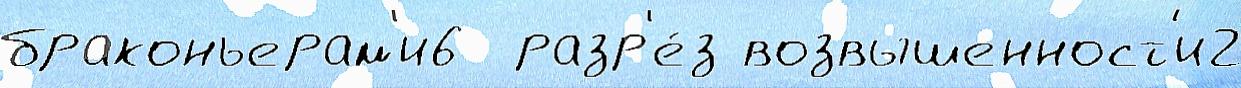
браконьерам'и6  разр'е́з возвышенност'и2